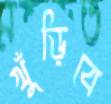
খুঁড়িবে